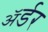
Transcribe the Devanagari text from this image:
ॲर्डर